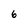
Character: 6